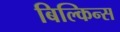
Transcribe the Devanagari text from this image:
बिल्किन्स